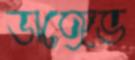
ডাঙ্গেভ